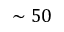
\sim 5 0